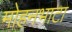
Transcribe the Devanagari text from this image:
मोहनभाटा